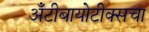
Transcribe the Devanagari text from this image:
अँटीबायोटीक्सचा